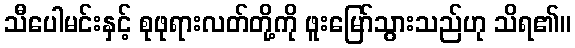
သီပေါမင်းနှင့် စုဖုရားလတ်တို့ကို ဖူးမြော်သွားသည်ဟု သိရ၏။